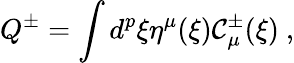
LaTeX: Q^{\pm}=\int d^{p}\xi\eta^{\mu}(\xi){\cal C}_{\mu}^{\pm}(\xi)\ ,